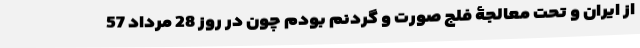
از ایران و تحت معالجۀ فلج صورت و گردنم بودم چون در روز 28 مرداد 57